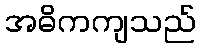
အဓိကကျသည်